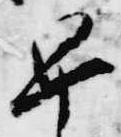
早